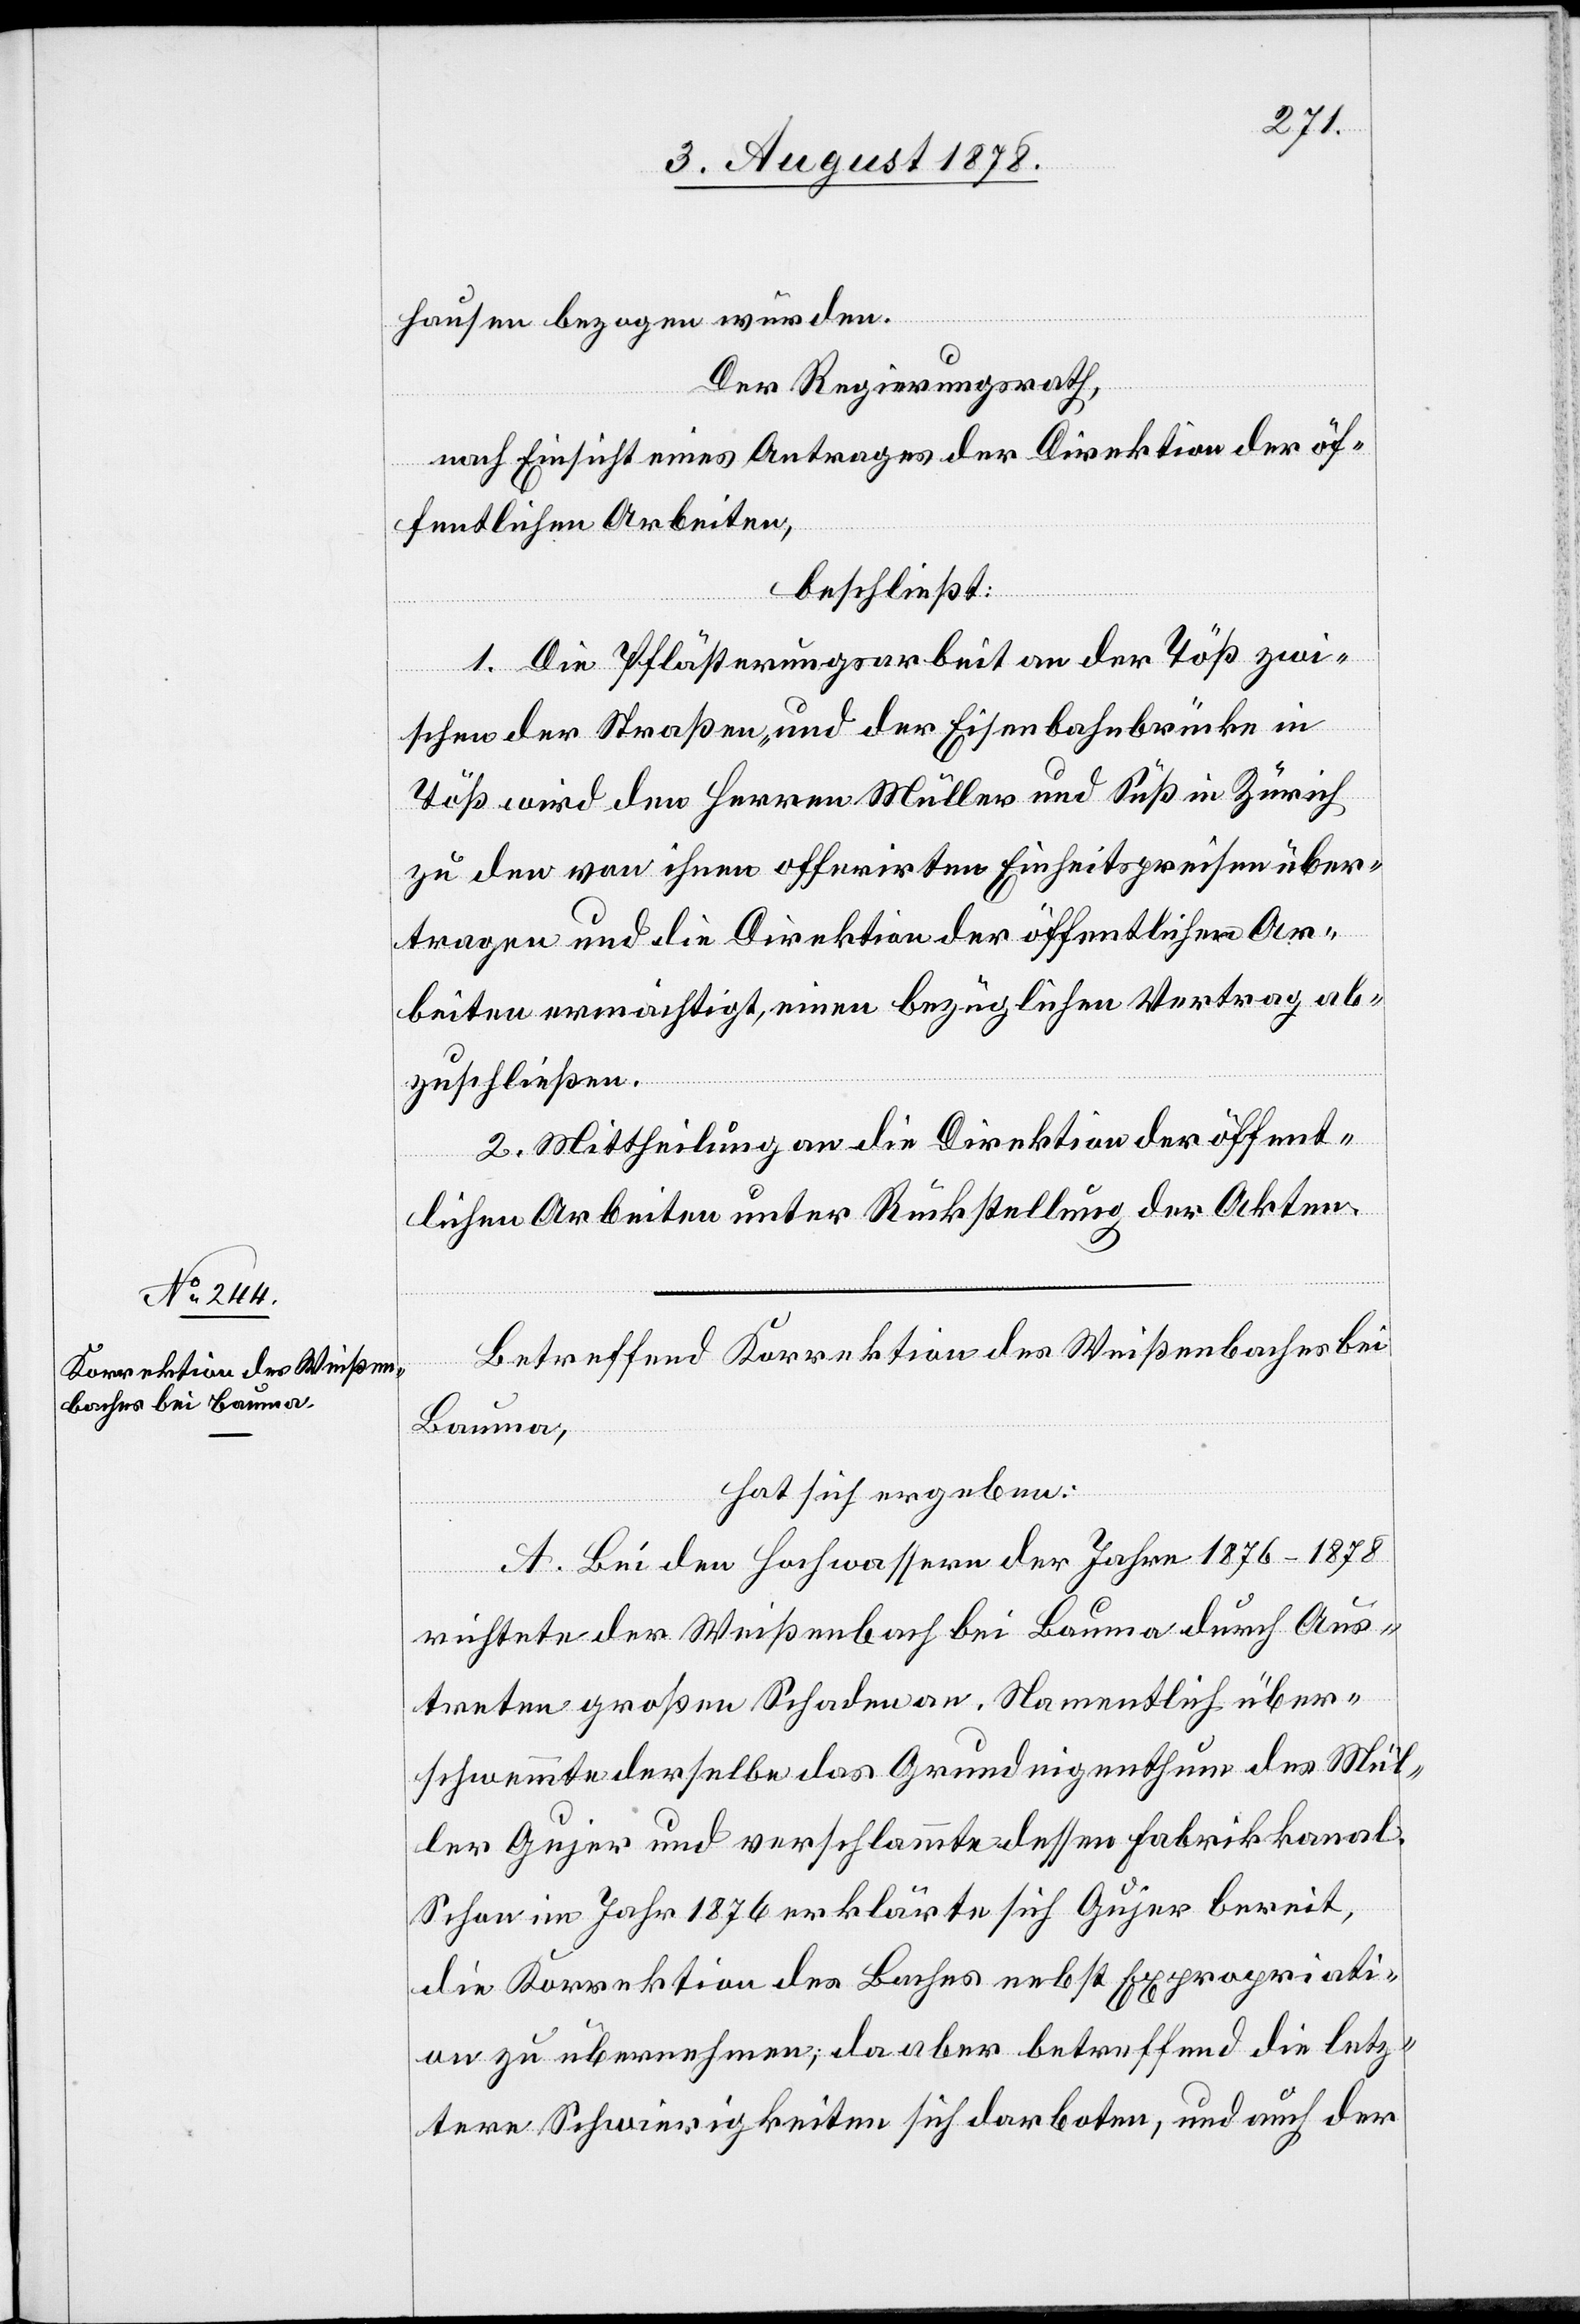
hausen bezogen würden.
Der Regierungsrath,
nach Einsicht eines Antrages der Direktion der öf¬
fentlichen Arbeiten,
beschließt:
1. Die Pflästerungsarbeit an der Töß zwi¬
schen der Straßen- und der Eisenbahnbrücke in
Töß wird den Herren Müller und Süß in Zürich
zu den von ihnen offerirten Einheitspreisen über¬
tragen und die Direktion der öffentlichen Ar¬
beiten ermächtigt, einen bezüglichen Vertrag ab¬
zuschließen.
2. Mittheilung an die Direktion der öffent¬
lichen Arbeiten unter Rückstellung der Akten.
Betreffend Korrektion des Weißenbaches bei
Bauma,
hat sich ergeben:
A. Bei den Hochwassern der Jahre 1876–1878
richtete der Weißenbach bei Bauma durch Aus¬
treten großen Schaden an. Namentlich über¬
schwemmte derselbe das Grundeigenthum des Mül¬
ler Gujer und verschlammte dessen Fabrikkanal.
Schon im Jahr 1876 erklärte sich Gujer bereit,
die Korrektion des Baches nebst Expropriati¬
on zu übernehmen; da aber betreffend die letz¬
tere Schwierigkeiten sich darboten, und auch der